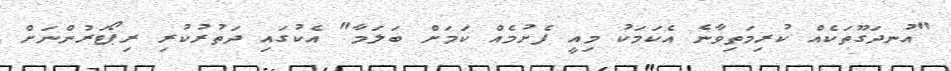
"އުނދަގޫތަކެއް ކުރިމަތިވާނެ އެކަމަކު މިއީ ފެށުމެއް ކަމަށް ބަލަމާ" އެކުގައި ދަތުރުކުރި ރިޕޯޓަރުންނަށް